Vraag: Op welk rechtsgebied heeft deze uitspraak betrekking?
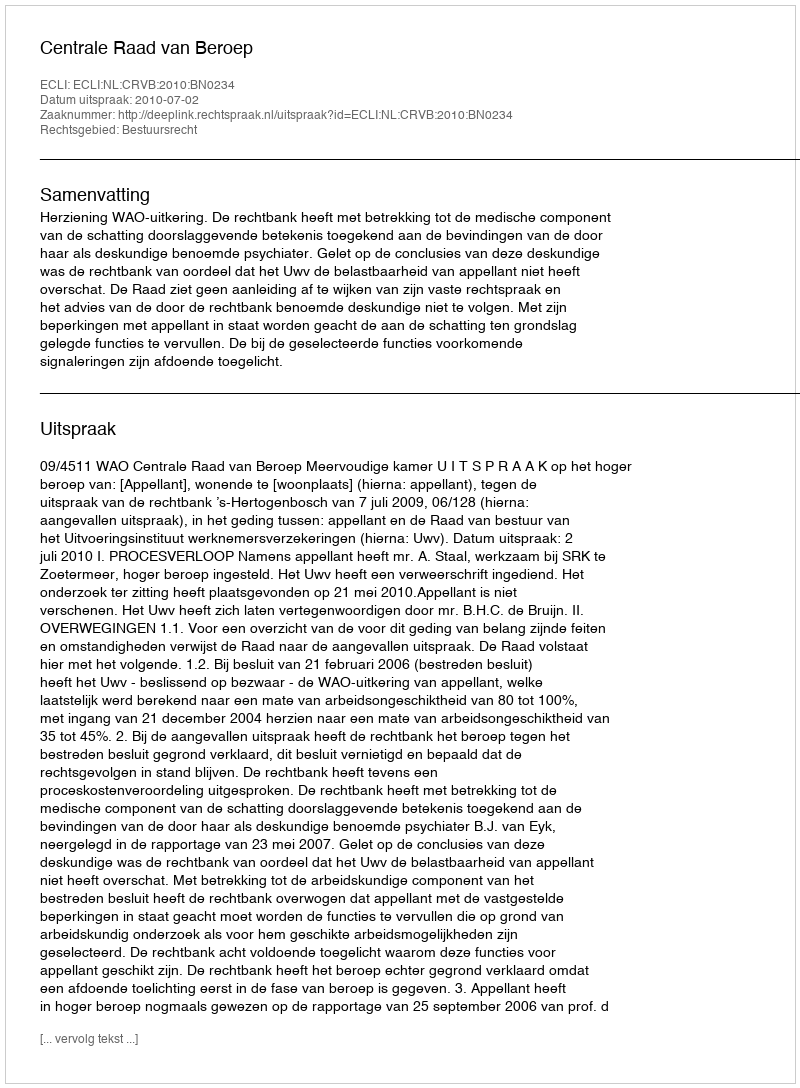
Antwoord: Bestuursrecht